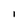
Character: l